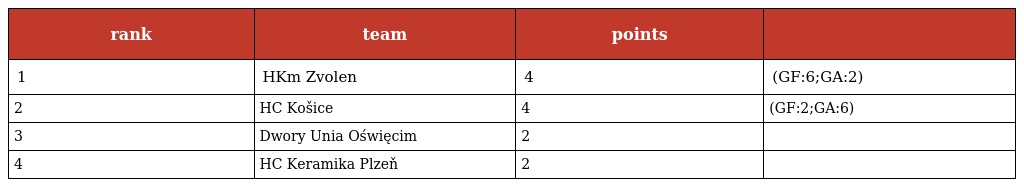
| rank | team | points |  |
 | --- | --- | --- | --- |
 | 1 | HKm Zvolen | 4 | (GF:6;GA:2) |
 | 2 | HC Košice | 4 | (GF:2;GA:6) |
 | 3 | Dwory Unia Oświęcim | 2 |  |
 | 4 | HC Keramika Plzeň | 2 |  |